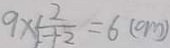
9 \times \frac { 1 2 } { 1 + 2 } = 6 ( c m )